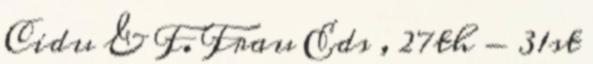
Cidu & F. Frau Eds , 27th - 31st